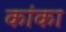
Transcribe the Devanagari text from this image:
कांका